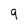
Character: 9